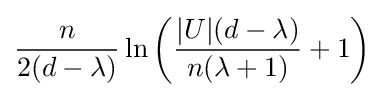
{\frac {n}{2(d-\lambda )}}\ln \left({\frac {|U|(d-\lambda )}{n(\lambda +1)}}+1\right)